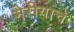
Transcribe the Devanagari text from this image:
मेरीयाचे